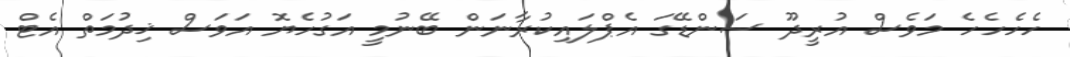
ހެހެހެހެ މަވެސް އުރީދޫ ސަންޑޭގަ އެޕްލައިކުރާނަން ބޭނުމީ އަގުހެޔޮ އަވަސް ޚިދުމަތް އެޓް